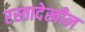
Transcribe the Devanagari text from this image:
रस्तादेखील